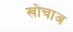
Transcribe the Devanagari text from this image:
खोचाअ